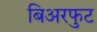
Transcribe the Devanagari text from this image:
बिअरफुट